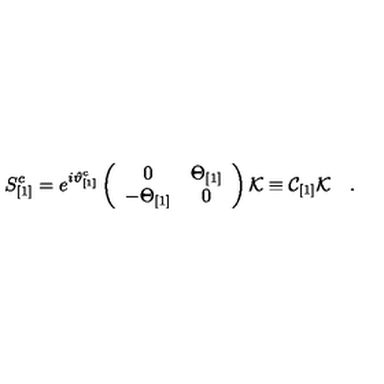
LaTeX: S _ { [ 1 ] } ^ { c } = e ^ { i \vartheta _ { [ 1 ] } ^ { c } } \left( \begin{array} { c c } { 0 } & { \Theta _ { [ 1 ] } } \\ { - \Theta _ { [ 1 ] } } & { 0 } \\ \end{array} \right) { \cal K } \equiv { \cal C } _ { [ 1 ] } { \cal K } \quad .